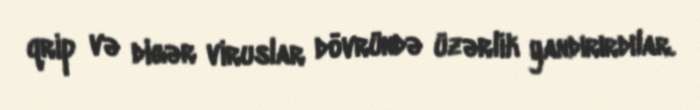
qrip və digər viruslar dövründə üzərlik yandırırdılar.